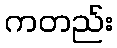
ကတည်း